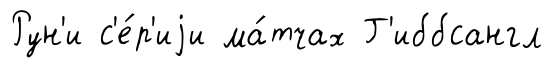
Рун'и с'е́р'иjи ма́тчах Г'иббсангл